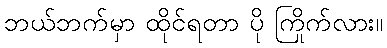
ဘယ်ဘက်မှာ ထိုင်ရတာ ပို ကြိုက်လား။